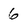
Character: 6